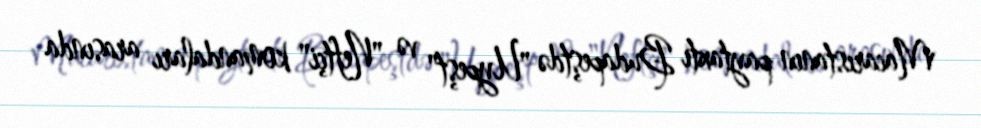
Macarıstanın paytaxtı Budapeştdə "Uypeşt" və "Neftçi" komandaları arasında